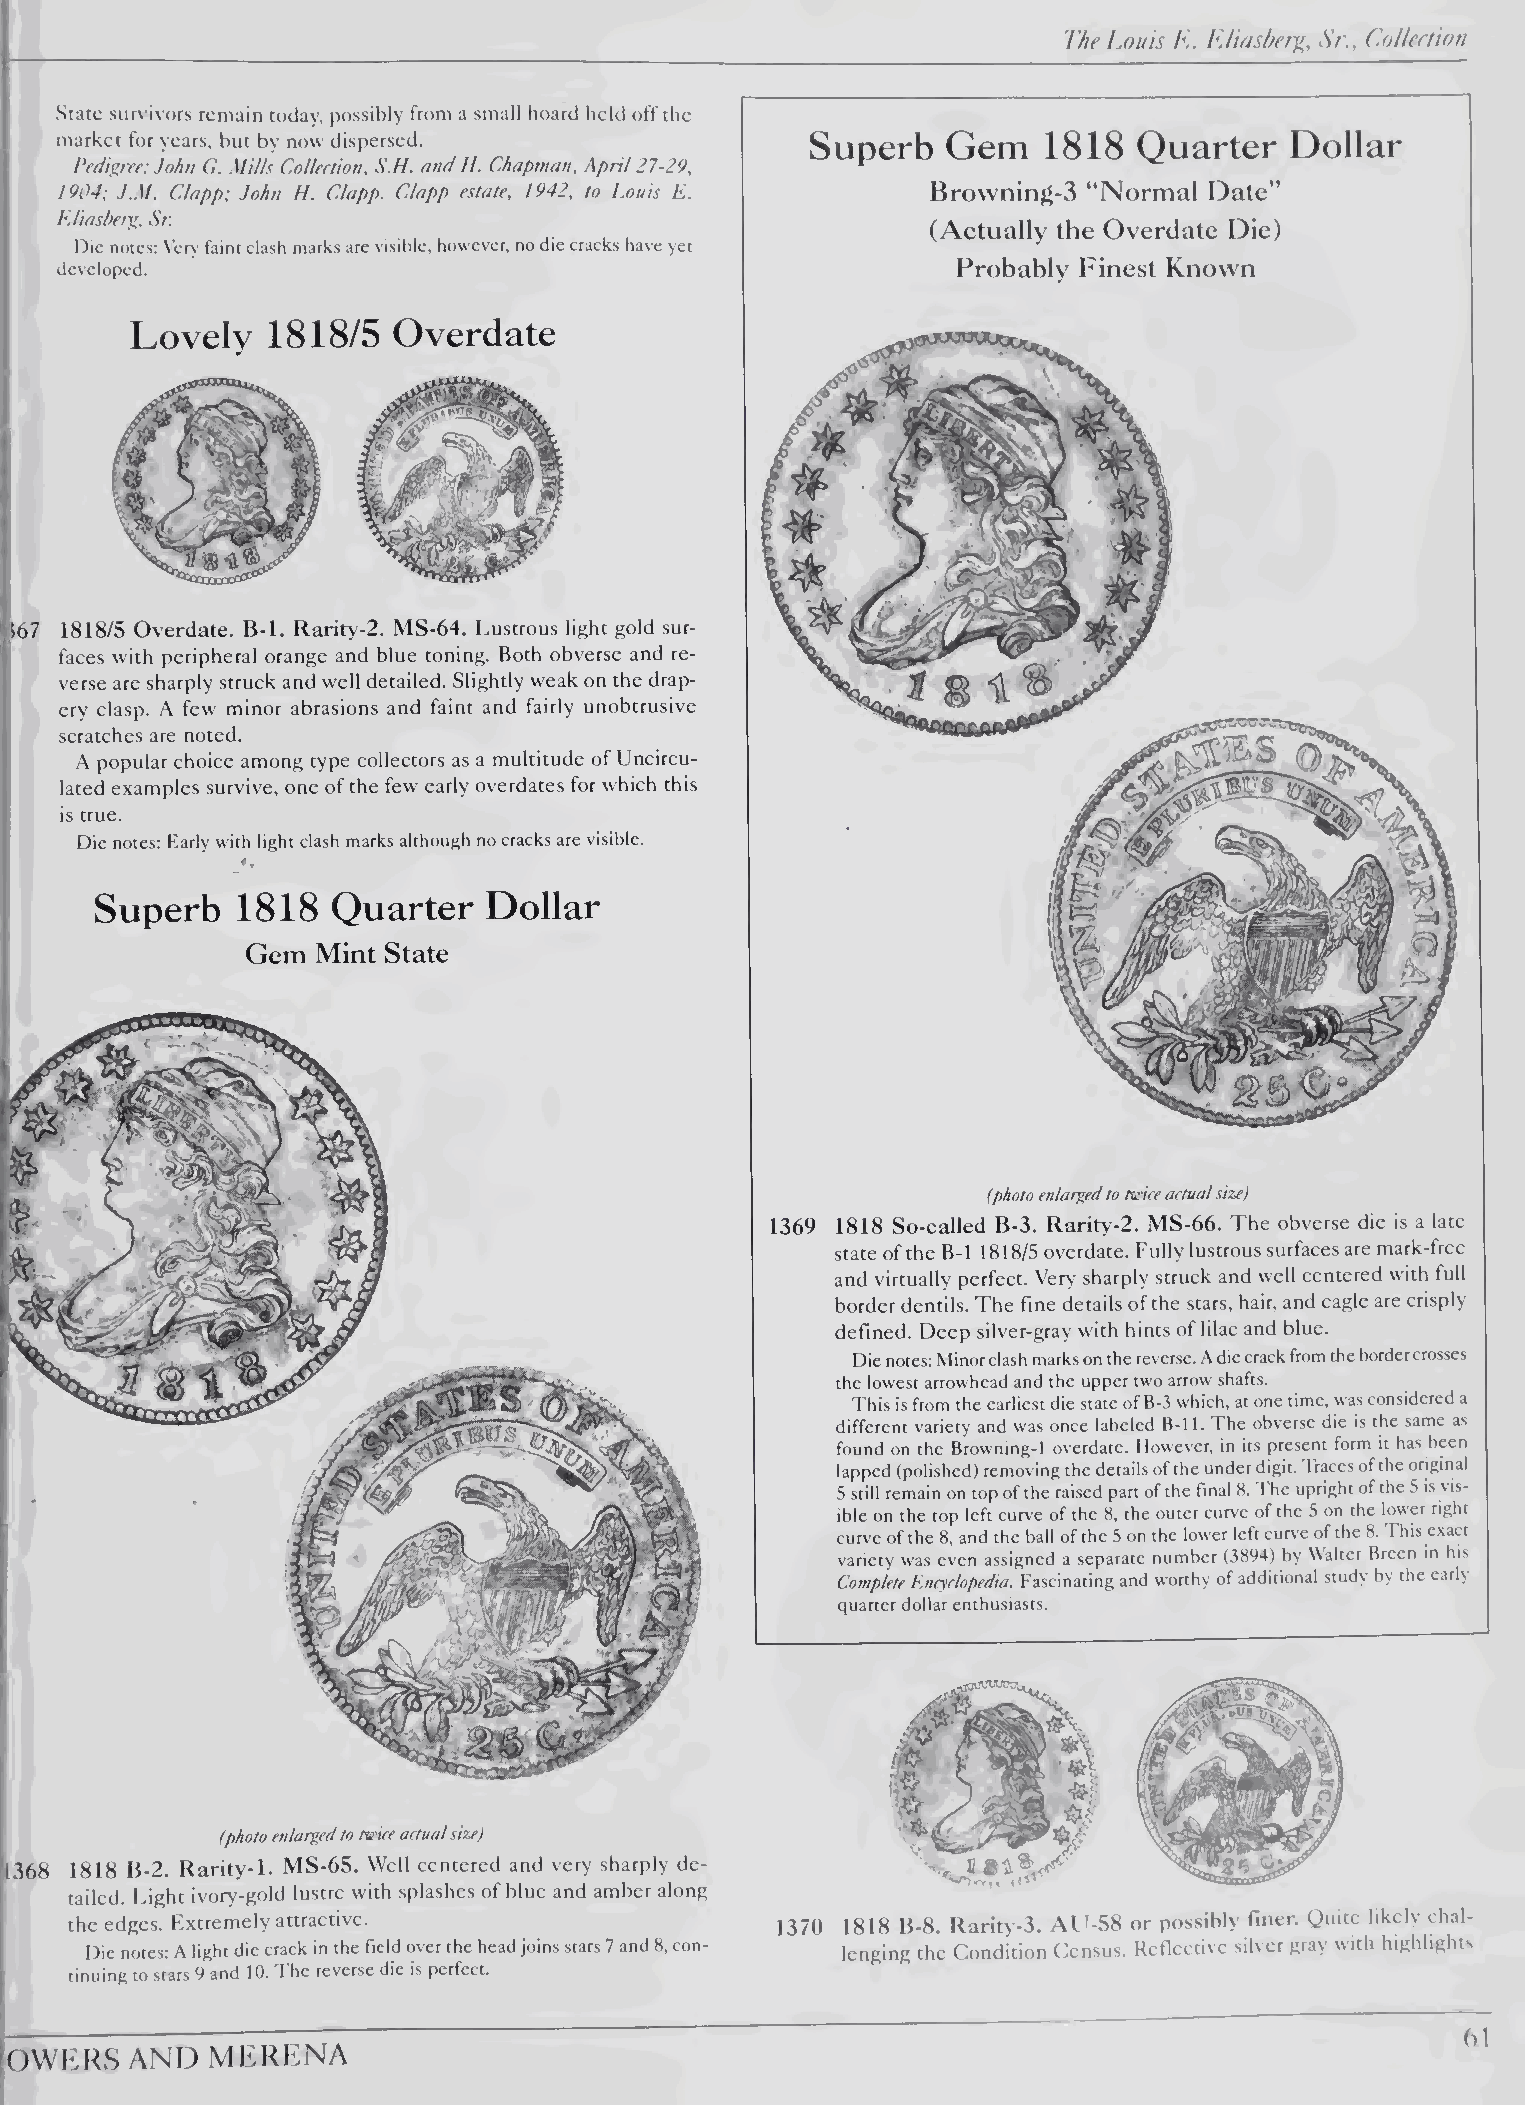
The Louts E. EJiasber^, Sr., Eollectton
 State survivors remain today, possibly from a small hoard held off the
 market for years, but by now dispersed.           Superb   Gem   1818  Quarter    Dollar
 Pedigree: John C. MUls Collection, S.H. and H. Chapman, April 21-29,
 1904; J.M. Clapp; John H. Clapp. Clapp estate, 1942, to Louis E. Browning-3 “Normal Date”
 EJiasberg, Sr.
 (Actually the Overdate Die)
 Die notes: Very faint clash marks are visible, however, no die cracks have yet
 developed.                                                 Probably Finest Known
 Lovely   1818/5  Overdate
 i67 1818/5 Overdate. B-1. Rarity-2. MS-64. Lustrous light gold sur¬
 faces with peripheral orange and blue toning. Both obverse and re¬
 verse are sharply struck and well detailed. Slightly weak on the drap¬
 ery clasp. A few minor abrasions and faint and fairly unobtrusive
 scratches are noted.
 A popular choice among type collectors as a multitude of Uncircu¬
 lated examples surv'ive, one of the few early overdates for which this
 is true.
 Die notes: Early with light clash marks although no cracks are visible.
 Superb    1818  Quarter   Dollar
 Gem  Mint State
 (photo enlarged to twice actual size)
 1369 1818 So-called B-3. Rarity-2. MS-66. The obverse die is a late
 state of the B-1 1818/5 overdate. Fully lustrous surfaces are mark-free
 and virtually perfect. Very sharply struck and well centered with full
 border dentils. The fine details of the stars, hair, and eagle are crisply
 defined. Deep silver-gray with hints of lilac and blue.
 Die notes: M inor clash marks on the reverse. A die crack from the border crosses
 the lowest arrowhead and the upper two arrow shafts.
 I his is from the earliest die state of B-3 which, at one time, was considered a
 different variety and was once labeled B-11. 1 he obverse die is the same as
 found on the Browning-1 overdate. However, in its present form it has been
 lapped (polished) removing the details of the under digit. I races of the original
 5 still remain on top of the raised part of the final 8. The upright of the 5 is vis¬
 ible on the top left curve of the 8, the outer curve of the .5 on the lower right
 curve of the 8, and the ball of the 5 on the lower left curve of the 8.1 his exact
 variety was even assigned a separate number (3894) by Walter Breen in his
 Complete Encyclopedia. Fascinating and worthy of additional study by the early
 quarter dollar enthusiasts.
 (photo enlarged to twice actual size)
 11368 1818 B-2. Karity-1. MS-65. Well centered and very sharply de¬
 tailed. Light ivory-gold lustre with splashes of blue and amber along
 the edges. Extremely attractive.               1370 1818 B-8. Rarity-3. AIL58 or possibly finer. Quite likely chal¬
 Die notes: A light die crack in the field over the head joins stars 7 and 8, con¬ lenging the Condition Census. Reflective silver gray with highlights
 tinuing to stars 9 and U). 'I'he reverse die is perfect.
 bl
 fOWKRS   AND  MKRKNA